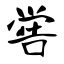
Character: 喾